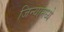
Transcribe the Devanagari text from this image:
जिन्यामध्ये